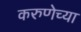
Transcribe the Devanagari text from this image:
करुणेच्या